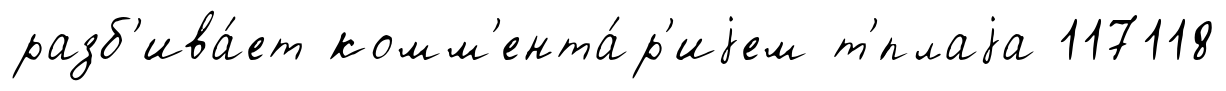
разб'ива́ет комм'ента́р'иjем т'́плаjа 117118